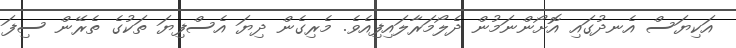
އަކިޔަސް އެނދުގައި އޮށޯންނަމުން ދެލޯމަރާލައިފިއެވެ. މެރިގެން ދިޔަ އެސްފިޔަ ތަކުގެ ތެރޭން ސިފަ